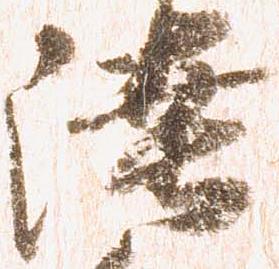
陸